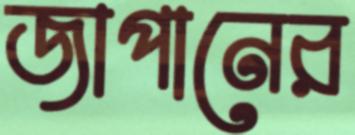
জাপানের